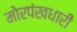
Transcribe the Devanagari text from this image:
मोरपंखधारी